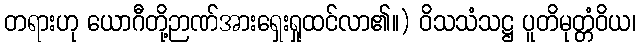
တရားဟု ယောဂီတို့ဉာဏ်အားရှေးရှုထင်လာ၏။) ဝိသသံသဋ္ဌ ပူတိမုတ္တံဝိယ၊